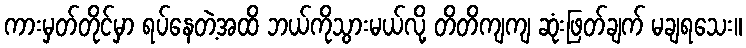
ကားမှတ်တိုင်မှာ ရပ်နေတဲ့အထိ ဘယ်ကိုသွားမယ်လို့ တိတိကျကျ ဆုံးဖြတ်ချက် မချရသေး။